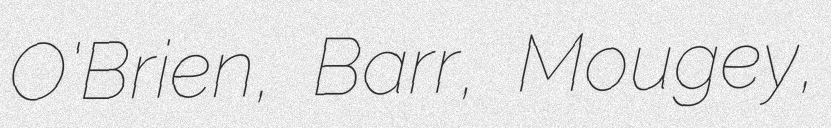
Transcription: O'Brien, Barr, Mougey,